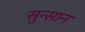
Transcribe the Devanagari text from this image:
सुन्सान